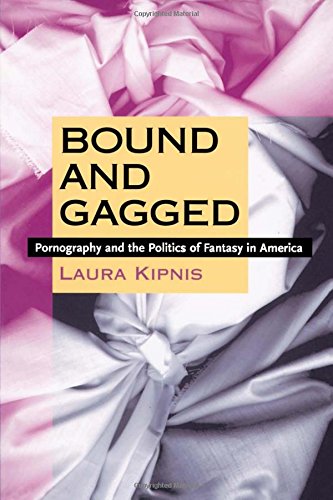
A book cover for Bound and Gagged: Pornography and the Politics of Fantasy in America; Laura Kipnis; Politics & Social Sciences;